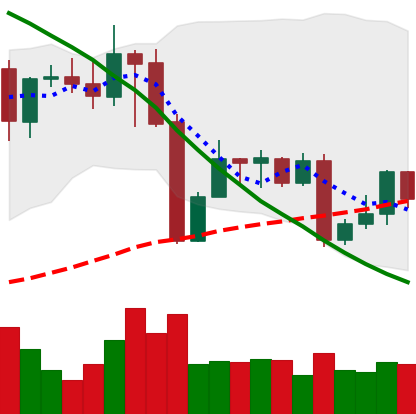
Ticker: XMR-USD
Chart end date: 2022-08-30
Forward return: 4.664%
Label: up_3_5